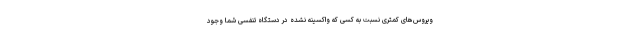
ویروس‌های کمتری نسبت به کسی که واکسینه نشده در دستگاه تنفسی شما وجود